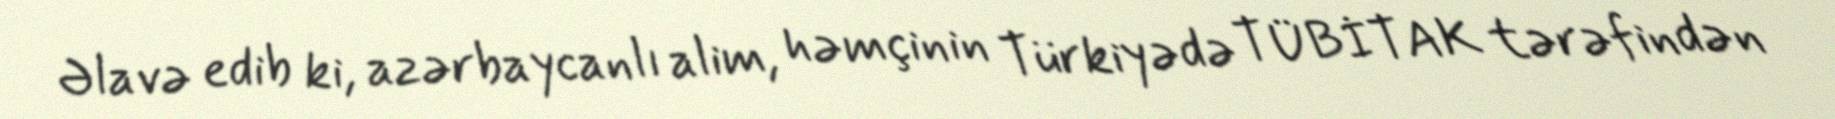
Əlavə edib ki, azərbaycanlı alim, həmçinin Türkiyədə TÜBİTAK tərəfindən